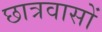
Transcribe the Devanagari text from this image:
छात्रवासों